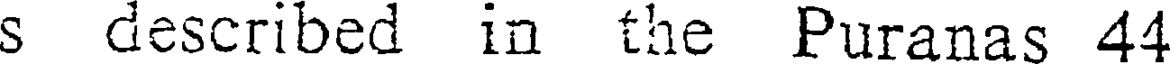
s described in the Puranas 44